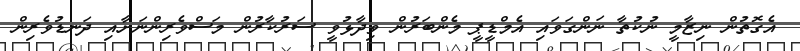
އެގޮތުން ނިޒާމީ ނުކުތާ ނަންގަވައި އެމްޑީޕީ މެންބަރުން ވިދާޅުވީ ސަރުކާރުން މަސްވެރިންނަށާއި ދަނޑުވެރިން